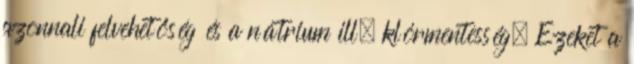
azonnali felvehetőség és a nátrium ill. klórmentesség. Ezeket a